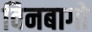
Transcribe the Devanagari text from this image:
विनबागो